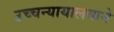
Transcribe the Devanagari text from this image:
उच्चन्यायालयाने